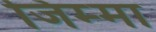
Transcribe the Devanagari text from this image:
जिम्‍मा